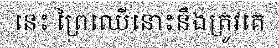
នេះ ព្រៃឈើនោះនឹងត្រូវគេ